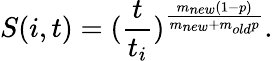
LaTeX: S(i,t)=(\frac{t}{t_{i}})^{\frac{m_{new}(1-p)}{m_{new}+m_{old}p}}.